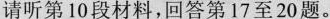
请听第10段材料，回答第17至20题。